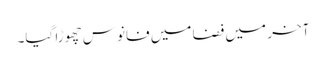
آخر میں فضا میں فانوس چھوڑا گیا۔